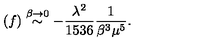
( f ) \stackrel { \beta \rightarrow 0 } { \sim } - \frac { \lambda ^ { 2 } } { 1 5 3 6 } { \frac { 1 } { \beta ^ { 3 } \mu ^ { 5 } } } .